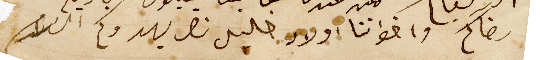
رضاكم واخواننا اولاد خليل نصر يهدوكم السَلام